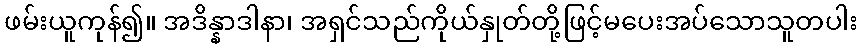
ဖမ်းယူကုန်၍။ အဒိန္နာဒါနာ၊ အရှင်သည်ကိုယ်နှုတ်တို့ဖြင့်မပေးအပ်သောသူတပါး